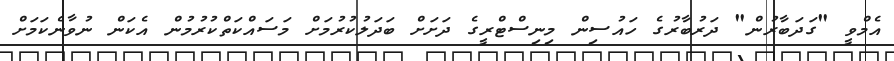
އެމްވީ "ގަދަބާރުން" ދަރުބާރުގެ ހައުސިން މިނިސްޓްރީގެ ދަށަށް ބަދަލުކުރުމަށް މަސައްކަތްކުރުމުން އެކަން ނުވާނެކަމަށް